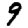
Digit: 9